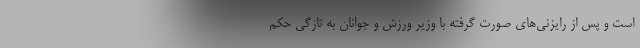
است و پس از رایزنی‌های صورت گرفته با وزیر ورزش و جوانان به تازگی حکم